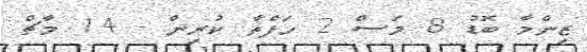
ޒިންމާ ބޮޑު 8 މަސް 2 ހަފްތާ ކުރިން - 14 މާޗް